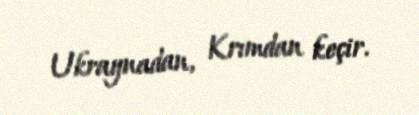
Ukraynadan, Krımdan keçir.